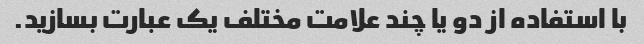
با استفاده از دو یا چند علامت مختلف یک عبارت بسازید.